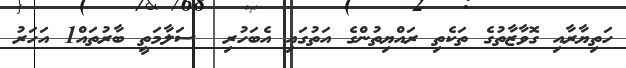
ހަތިޔާރާއި ގޮވާޒާތުގެ ތަކެތި ރައްޔިތުންގެ އަތުގައި އެބަހުރި  ސަލާމަތީ ބާރުތައް1 އަހަރު